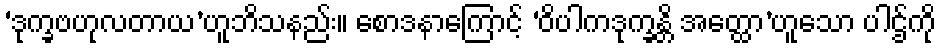
‘ဒုက္ခဗဟုလတာယ’ဟူဘိသနည်း။ စောဒနာကြောင့် ‘ဝိပါကဒုက္ခန္တိ အတ္ထော’ဟူသော ပါဌ်ကို